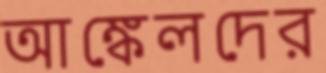
আঙ্কেলদের